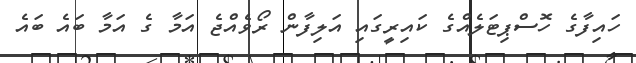
ހައިފާގެ ހޮސްޕިޓަލެއްގެ ކައިރީގައި އަލިފާން ރޯވެއްޖެ އަމާ ގެ އަމާ ބައެ ބައެ